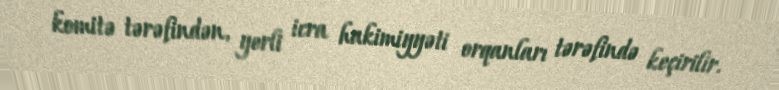
komitə tərəfindən, yerli icra hakimiyyəti orqanları tərəfində keçirilir.